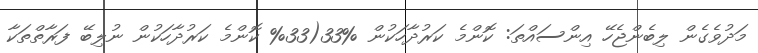
މަދުވެގެން ލިބެންޖެހޭ އިންސައްތަ: ކޮންމެ ކަރުދާހަކުން %33(33% ކޮންމެ ކަރުދާހަކުން ނުލިބޭ ފަރާތްތަކާ